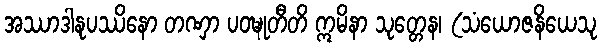
အဿာဒါနုပဿိနော တဏှာ ပဝဍ္ဎုတီတိ ဣမိနာ သုတ္တေန၊ (သံယောဇနိယေသု